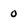
Character: 0